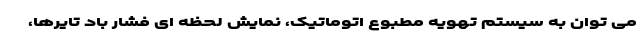
می توان به سیستم تهویه مطبوع اتوماتیک، نمایش لحظه ای فشار باد تایرها،